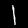
Digit: 1